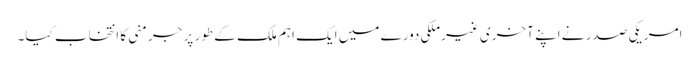
امریکی صدر نے اپنے آخری غیرملکی دورے میں ایک اہم ملک کے طور پر جرمنی کا انتخاب کیا۔